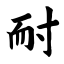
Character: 耐